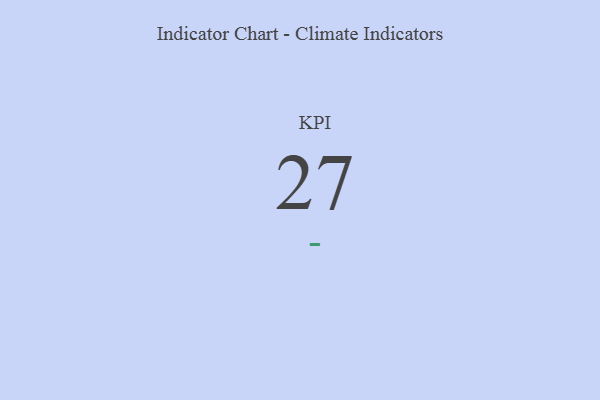
{"axis": {"x": "KPI", "y": "Value"}, "legend": [""], "data": [{"x": "KPI", "y": 27, "type": ""}]}